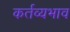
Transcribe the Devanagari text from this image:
कर्तव्यभाव